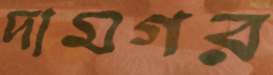
দামগর